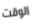
الوقت